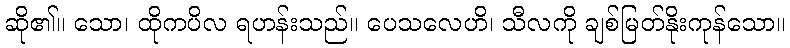
ဆို၏။ သော၊ ထိုကပိလ ရဟန်းသည်။ ပေသလေဟိ၊ သီလကို ချစ်မြတ်နိုးကုန်သော။